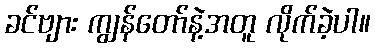
ခင်ဗျား ကျွန်တော်နဲ့အတူ လိုက်ခဲ့ပါ။